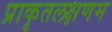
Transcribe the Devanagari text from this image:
प्राकृतलक्षणम